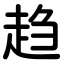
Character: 趋